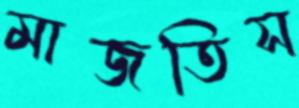
মাজতিস